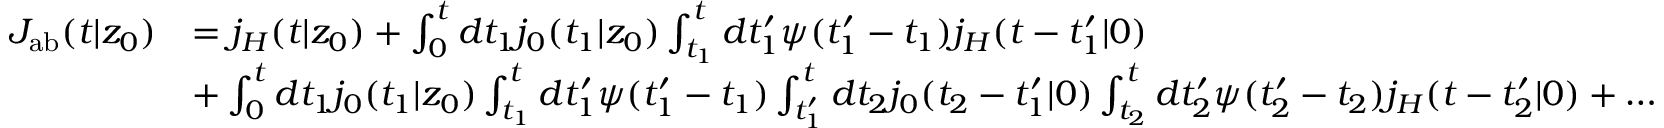
\begin{array} { r l } { J _ { \mathrm { { a b } } } ( t | z _ { 0 } ) } & { = j _ { H } ( t | z _ { 0 } ) + \int _ { 0 } ^ { t } d t _ { 1 } j _ { 0 } ( t _ { 1 } | z _ { 0 } ) \int _ { t _ { 1 } } ^ { t } d t _ { 1 } ^ { \prime } \psi ( t _ { 1 } ^ { \prime } - t _ { 1 } ) j _ { H } ( t - t _ { 1 } ^ { \prime } | 0 ) } \\ & { + \int _ { 0 } ^ { t } d t _ { 1 } j _ { 0 } ( t _ { 1 } | z _ { 0 } ) \int _ { t _ { 1 } } ^ { t } d t _ { 1 } ^ { \prime } \psi ( t _ { 1 } ^ { \prime } - t _ { 1 } ) \int _ { t _ { 1 } ^ { \prime } } ^ { t } d t _ { 2 } j _ { 0 } ( t _ { 2 } - t _ { 1 } ^ { \prime } | 0 ) \int _ { t _ { 2 } } ^ { t } d t _ { 2 } ^ { \prime } \psi ( t _ { 2 } ^ { \prime } - t _ { 2 } ) j _ { H } ( t - t _ { 2 } ^ { \prime } | 0 ) + \ldots } \end{array}